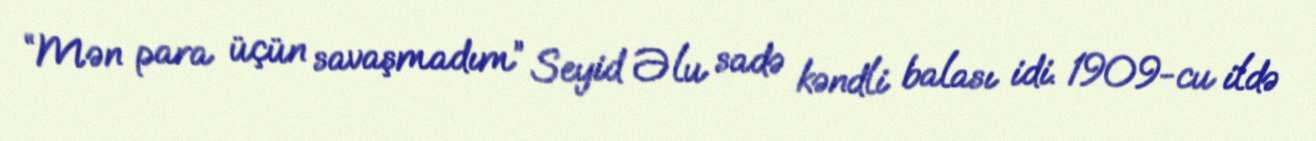
“Mən para üçün savaşmadım” Seyid Əlu sadə kəndli balası idi. 1909-cu ildə